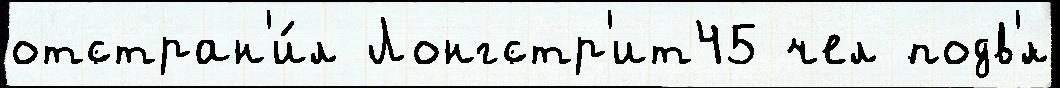
отстран'и́л Лонгстр'ит45 чел подв'́л